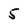
Character: 5